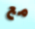
مع